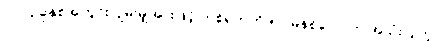
၂၀၂၄ ခုနှစ်အတွင်း ပျမ်းမျှအားဖြင့် တစ်ရက်ကို ၅၁ မိနစ်လောက် အသုံးပြုတဲ့